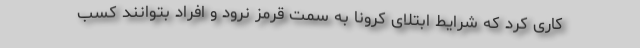
کاری کرد که شرایط ابتلای کرونا به سمت قرمز نرود و افراد بتوانند کسب